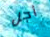
أجل